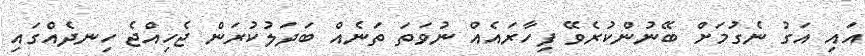
އައި އަގު ނެގުމަށް ބޭނުންކުރެވޭ ފިހާރައެއް ނުވަތަ ތަނެއް ބަދަލުކުރަން ޖެހިއްޖެ ހިނދެއްގައި